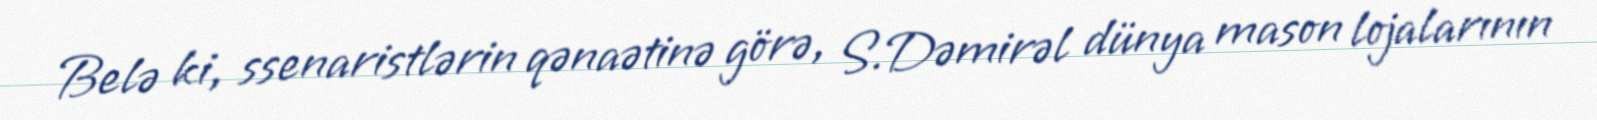
Belə ki, ssenaristlərin qənaətinə görə, S.Dəmirəl dünya mason lojalarının